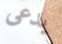
يدعى